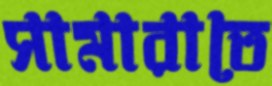
সামারাতে